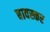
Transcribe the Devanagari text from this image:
बावस्कर